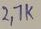
Text: 2,7K